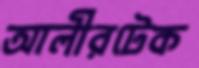
আলীরটেক